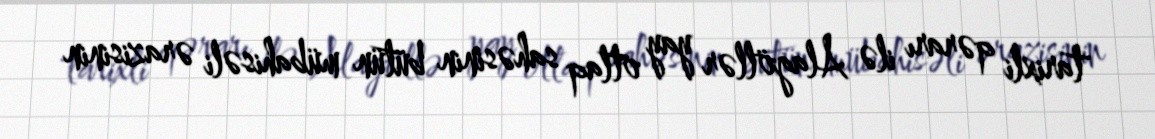
tarixli qərarı ilə Alagöllər yay otlaq sahəsinin bütün mübahisəli ərazisinin